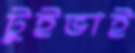
টুইভাই